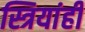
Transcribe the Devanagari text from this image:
स्त्रियांही